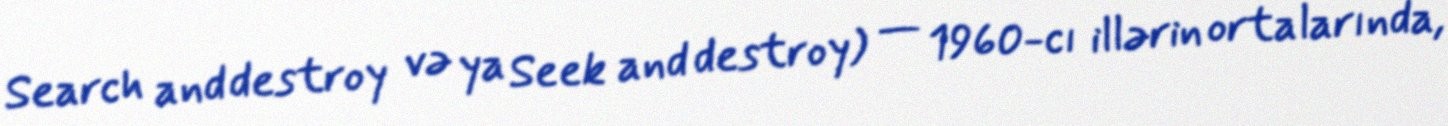
Search and destroy və ya Seek and destroy) — 1960-cı illərin ortalarında,